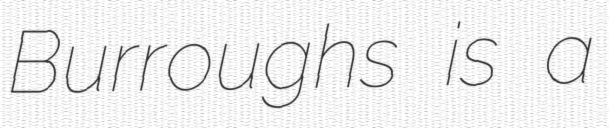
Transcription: Burroughs is a